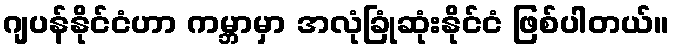
ဂျပန်နိုင်ငံဟာ ကမ္ဘာမှာ အလုံခြုံဆုံးနိုင်ငံ ဖြစ်ပါတယ်။